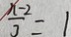
\frac { x - 2 } { 3 } = 1